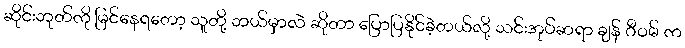
ဆိုင်းဘုတ်ကို မြင်နေရတော့ သူတို့ ဘယ်မှာလဲ ဆိုတာ ပြောပြနိုင်ခဲ့တယ်လို့ သင်းအုပ်ဆရာ ချန် ဂီဝမ် က